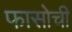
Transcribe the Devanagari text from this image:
फासोची